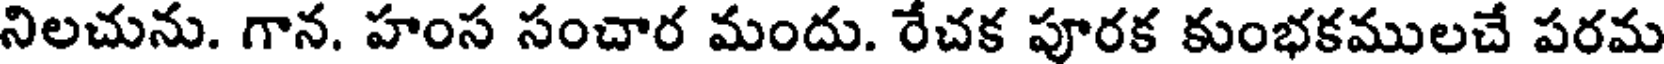
నిలచును. గాన. హంస సంచార మందు. రేచక పూరక కుంభకములచే పరమ